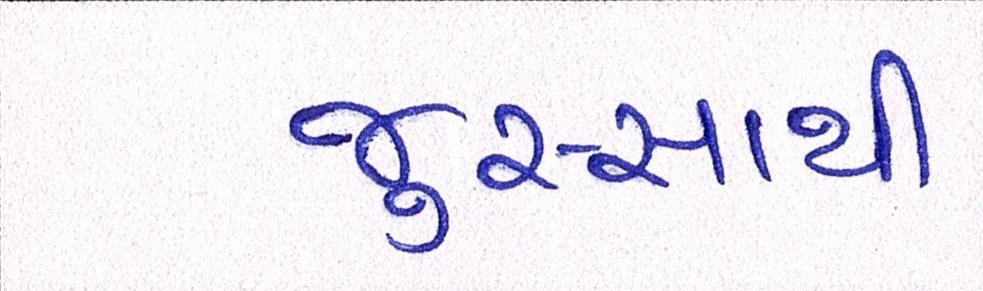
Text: જુસ્સાથી